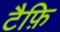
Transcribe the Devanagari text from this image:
टैफ़ि